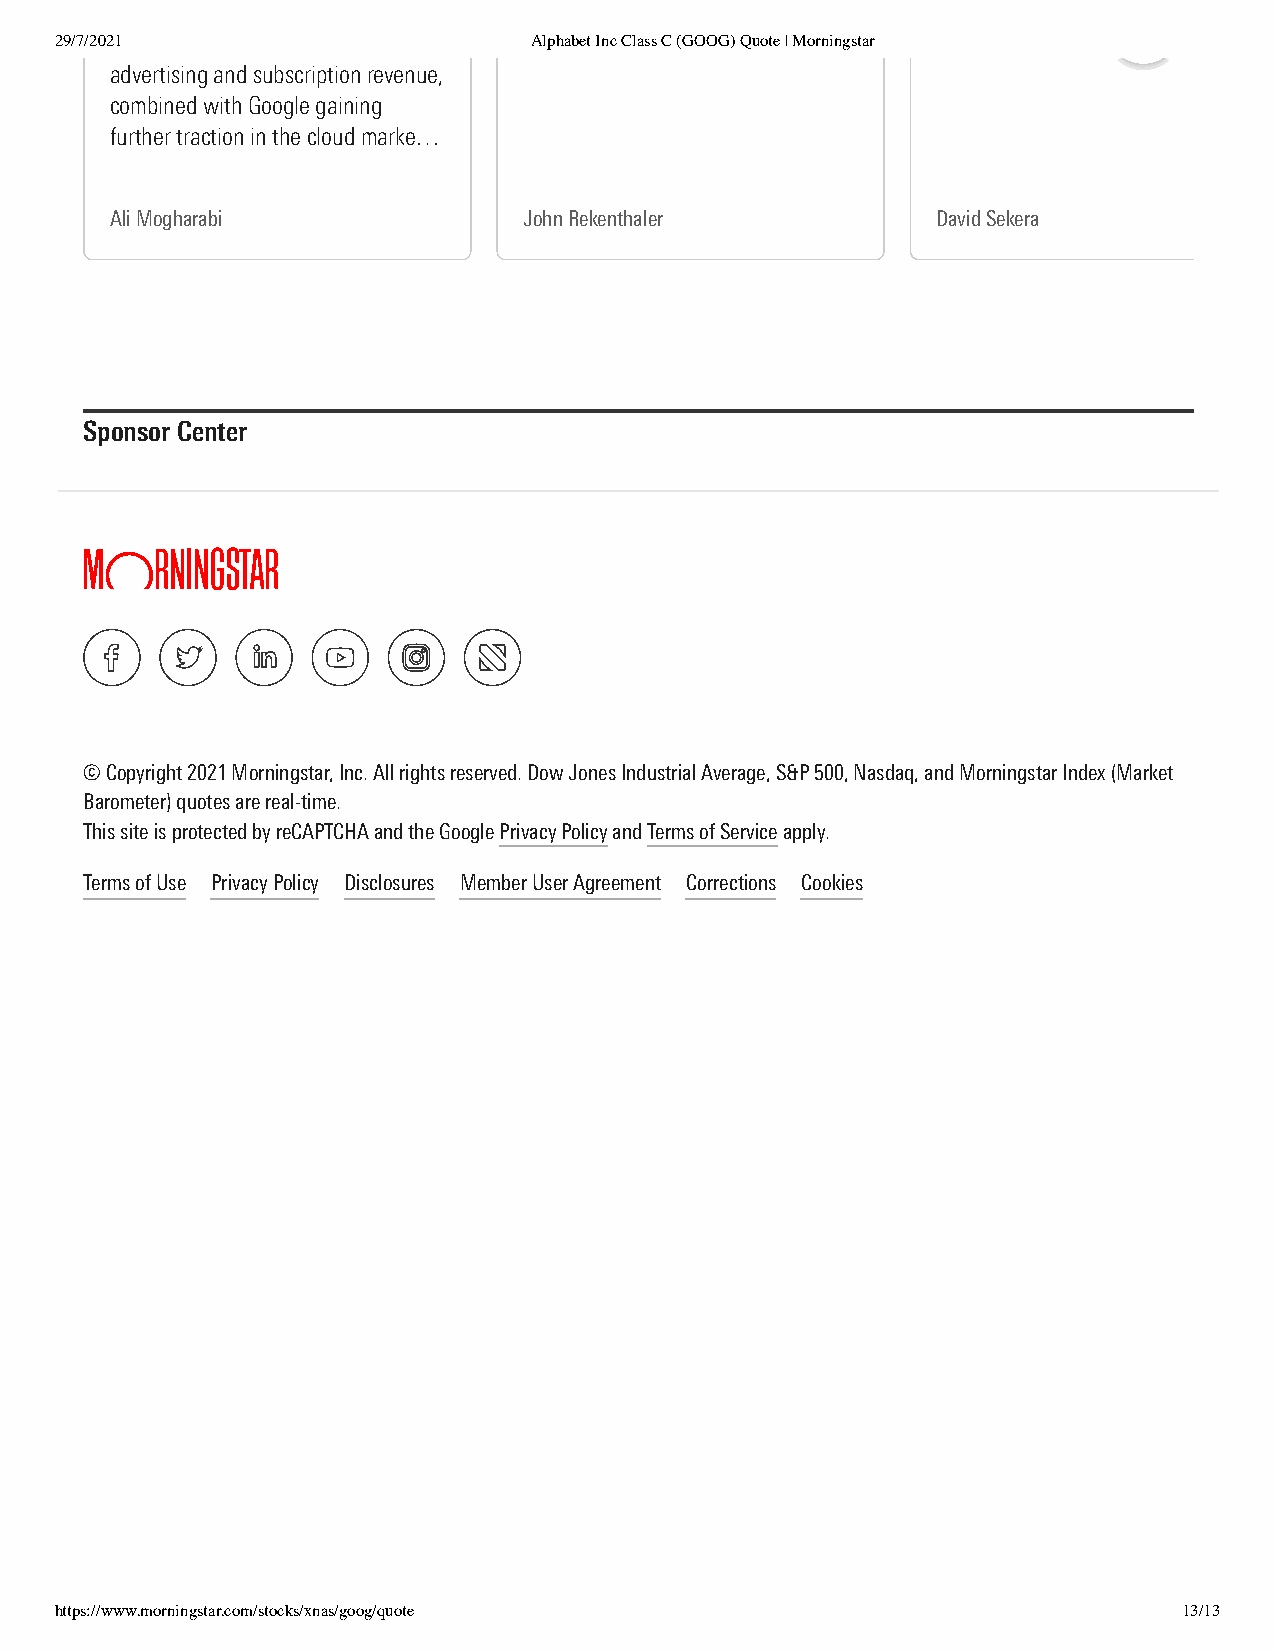
29/7/2021                      Alphabet Inc Class C (GOOG) Quote | Morningstar
 advertising and subscription revenue,
 combined with Google gaining
 further traction in the cloud marke…
 Ali Mogharabi               John Rekenthaler           David Sekera
 Sponsor Center
 © Copyright 2021 Morningstar, Inc. All rights reserved. Dow Jones Industrial Average, S&P 500, Nasdaq, and Morningstar Index (Market
 Barometer) quotes are real-time.
 This site is protected by reCAPTCHA and the Google Privacy Policy and Terms of Service apply.
 Terms of Use Privacy Policy Disclosures Member User Agreement Corrections Cookies
 https://www.morningstar.com/stocks/xnas/goog/quote                        13/13